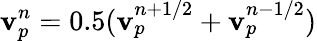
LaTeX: {\mathbf{v}}_{p}^{n}=0.5({\mathbf{v}}_{p}^{n+1/2}+{\mathbf{v}}_{p}^{n-1/2})